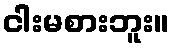
ငါးမစားဘူး။